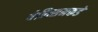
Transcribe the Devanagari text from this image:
येल्त्सिनकडे